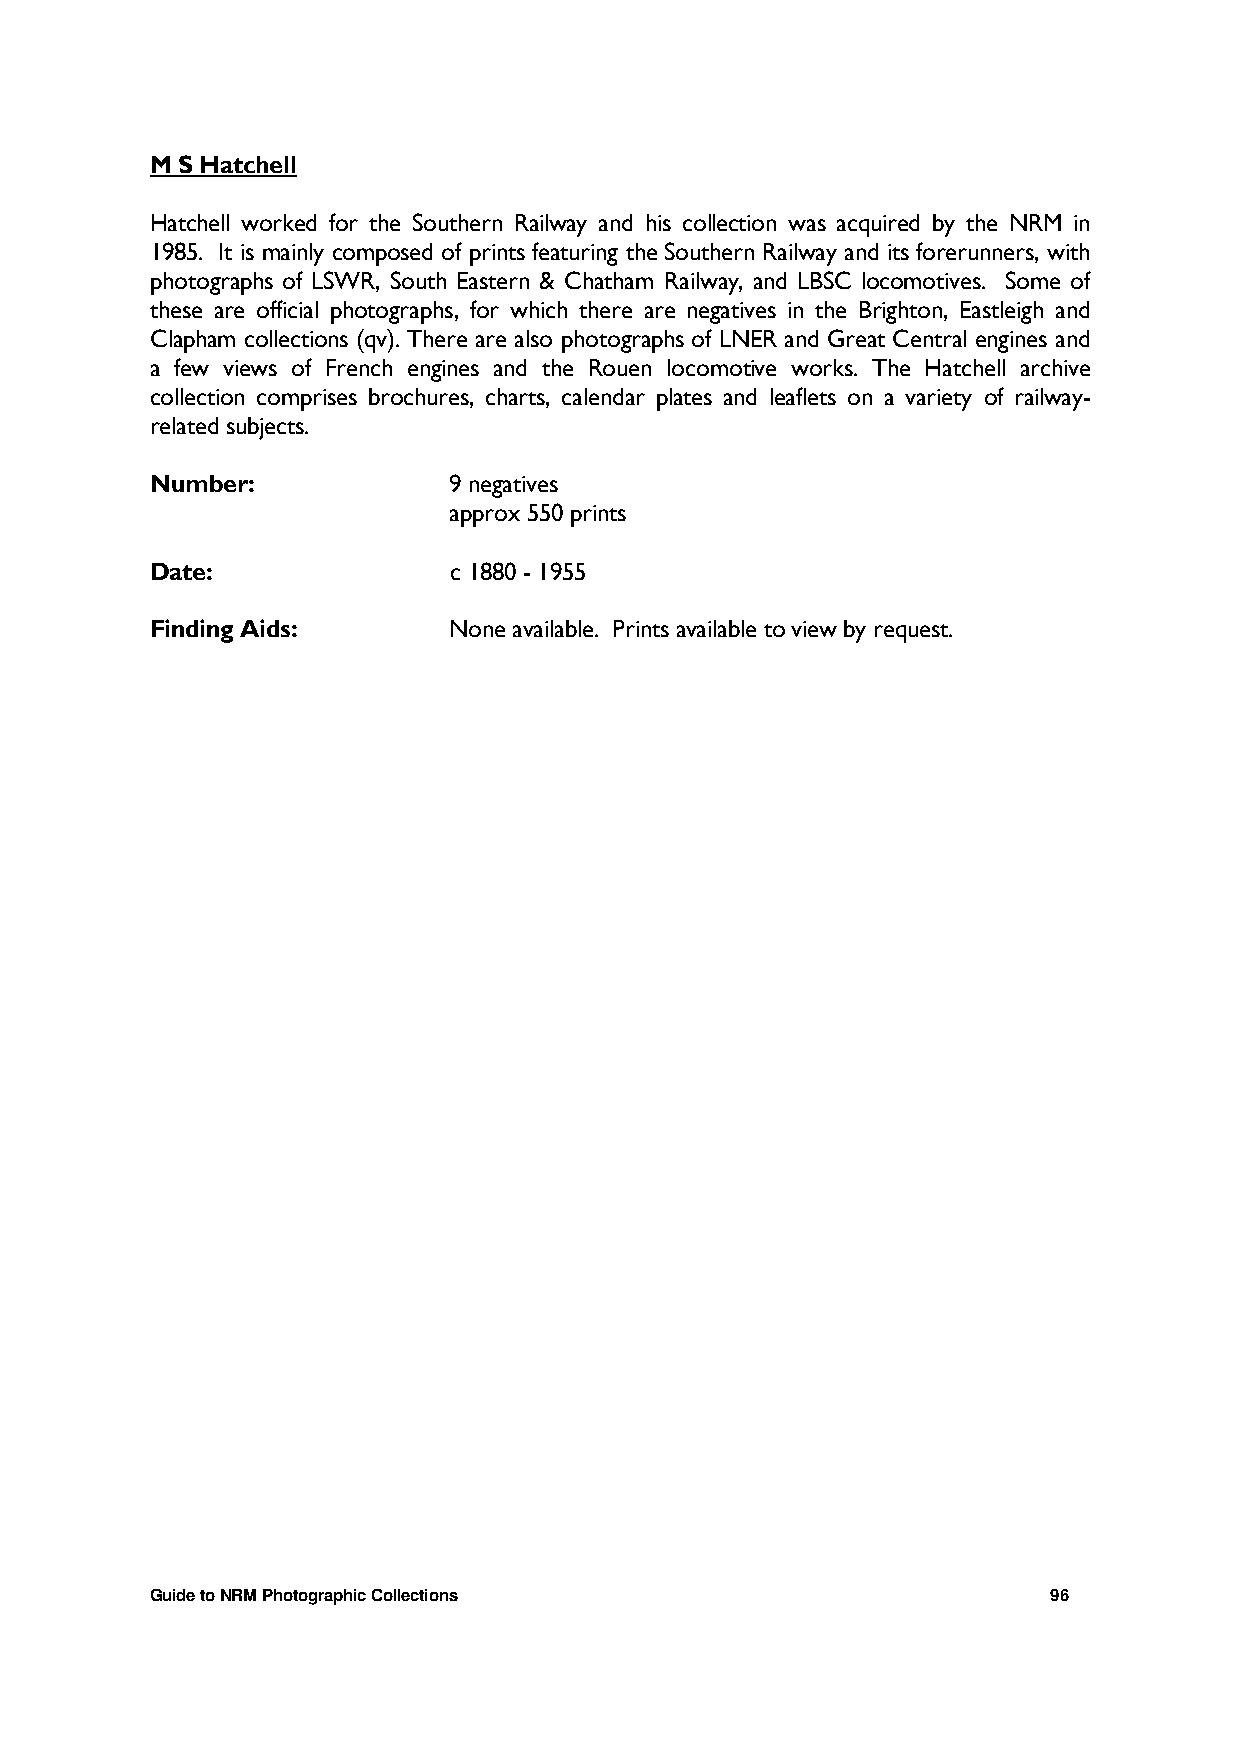
M S Hatchell
 Hatchell worked for the Southern Railway and his collection was acquired by the NRM in
 1985. It is mainly composed of prints featuring the Southern Railway and its forerunners, with
 photographs of LSWR, South Eastern & Chatham Railway, and LBSC locomotives. Some of
 these are official photographs, for which there are negatives in the Brighton, Eastleigh and
 Clapham collections (qv). There are also photographs of LNER and Great Central engines and
 a few views of French engines and the Rouen locomotive works. The Hatchell archive
 collection comprises brochures, charts, calendar plates and leaflets on a variety of railway-
 related subjects.
 Number:             9 negatives
 approx 550 prints
 Date:               c 1880 - 1955
 Finding Aids:       None available. Prints available to view by request.
 Guide to NRM Photographic Collections                       96